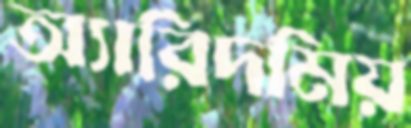
অ্যারিদমিয়